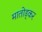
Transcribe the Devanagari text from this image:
मातोड्कर